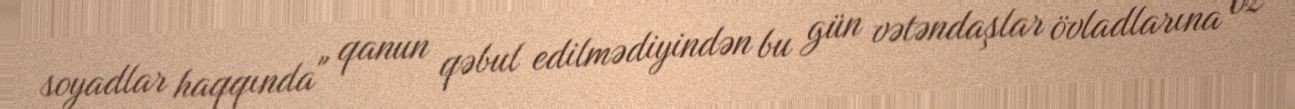
soyadlar haqqında" qanun qəbul edilmədiyindən bu gün vətəndaşlar övladlarına öz